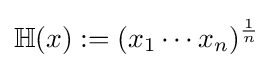
\mathbb {H} (x):=(x_{1}\cdots x_{n})^{\frac {1}{n}}